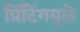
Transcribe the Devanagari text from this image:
प्रिंटिंगमुळे